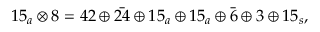
1 5 _ { a } \otimes 8 = 4 2 \oplus \bar { 2 4 } \oplus 1 5 _ { a } \oplus 1 5 _ { a } \oplus \bar { 6 } \oplus 3 \oplus 1 5 _ { s } ,